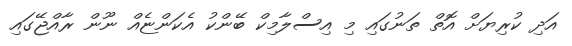
އަދި ކުރިޔަށް އޮތް ތަނުގައި މި އިސްލާމިކް ބޭންކު އެކަންޏެއް ނޫން ރާއްޖޭގައި